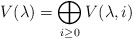
\begin{align*}V(\lambda) = \bigoplus_{i \geq 0} V(\lambda, i)\\ \end{align*}